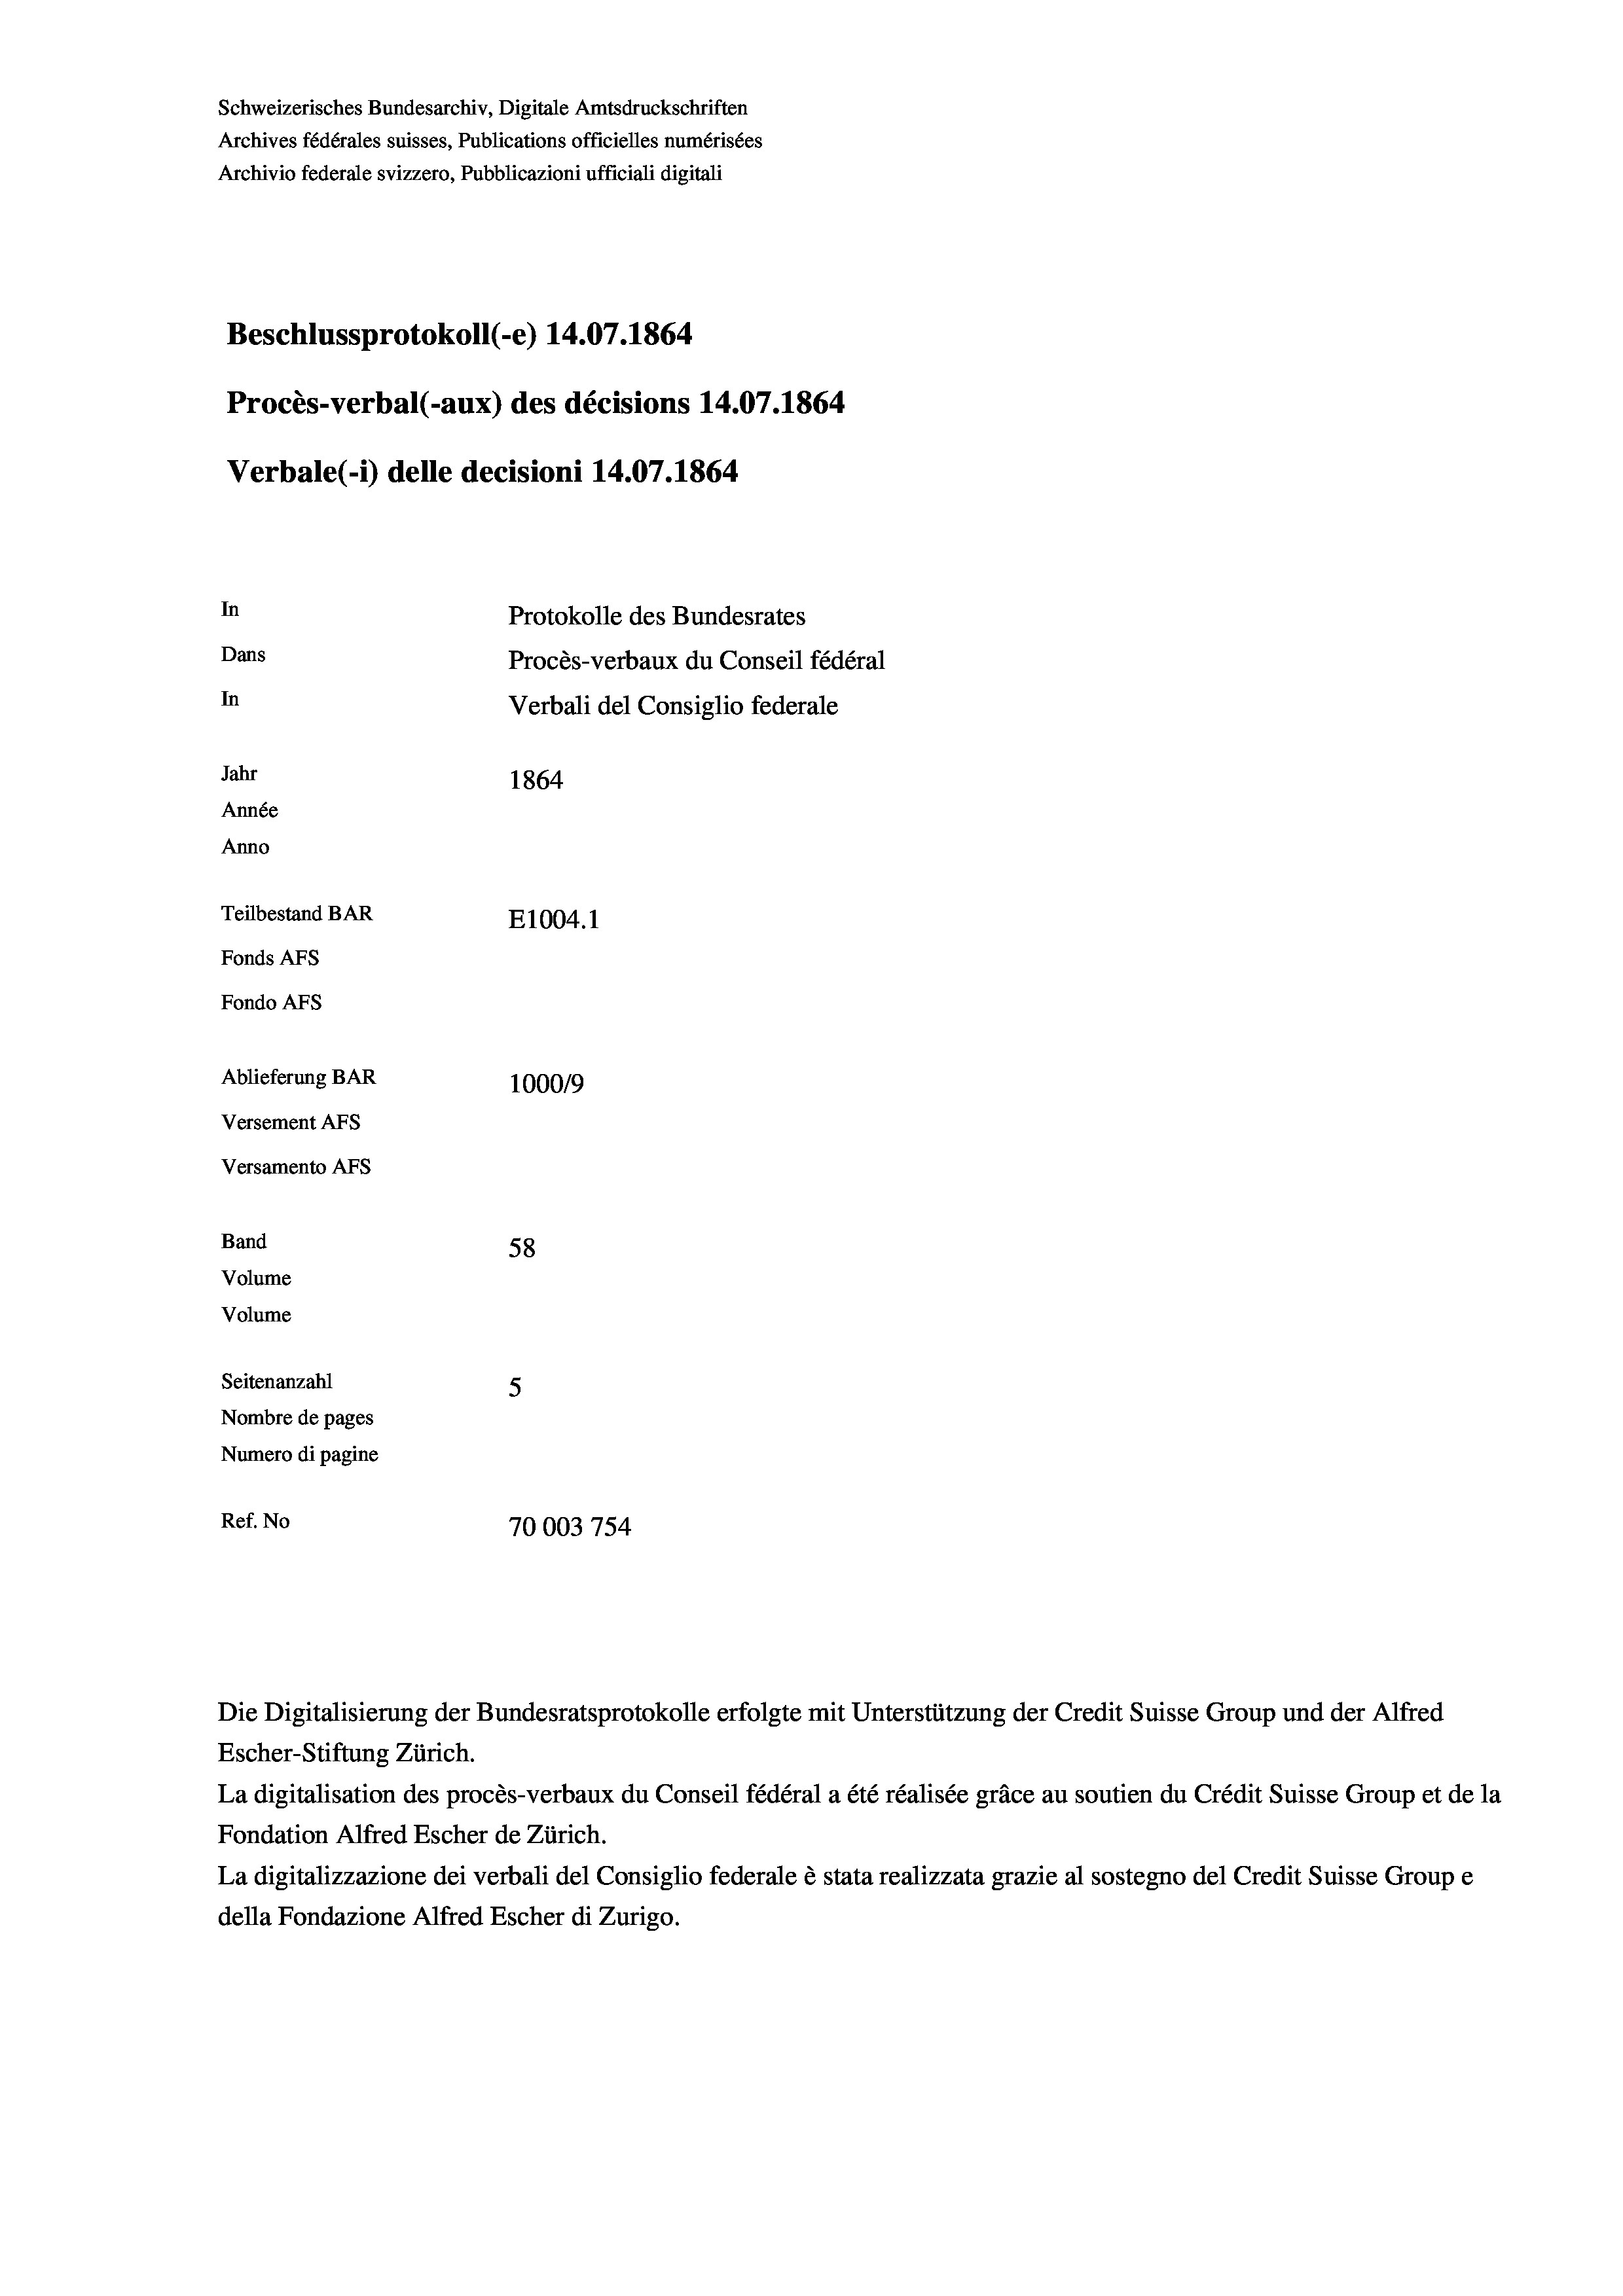
Schweizerisches Bundesarchiv, Digitale Amtsdruckschriften
Archives fédérales suisses, Publications officielles numérisées
Archivio federale svizzero, Pubblicazioni ufficiali digitali
Beschlussprotokoll (-e) 14.07. 1864
Procès-verbal (-aux) des décisions 14.07. 1864
Verbale (- 1) delle decisioni 14.07. 1864
In
Protokolle des Bundesrates
Dans
Procès-verbaux du Conseil fédéral
In
Verbali del Consiglio federale
Jahr
1864
Année
Anno
Teilbestand BAR
E1004. 1
Fonds Afs
Fondo Afs
Ablieferung BAR
100019
Versement AFs
Versamento Afs

Band
Volume
Volume
Seitenanzahl

58
5
Nombre de pages
Numero di pagine
Ref. No
70003 754

Escher-Stiftung Zürich.
La digitalisation des procès-verbaux du Conseil fédéral a été réalisée gräce au soutien du Crédit Suisse Group et de la
Fondation Alfred Escher de Zürich.
La digitalizzazione dei verbali del Consiglio federale è stata realizzata grazie al sostegno del Credit Suisse Groupe
della Fondazione Alfred Escher di Zurigo.

Die Digitalisierung der Bundesratsprotokolle erfolgte mit Unterstützung der Credit Suisse Group und der Alfred